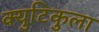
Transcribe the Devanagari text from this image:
क्युटिकुला